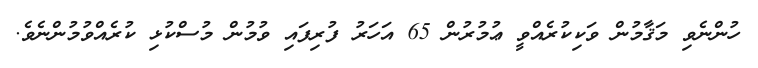
ހުންނެވި މަޤާމުން ވަކިކުރެއްވީ ޢުމުރުން 65 އަހަރު ފުރިފައި ވުމުން މުސްކުޅި ކުރެއްވުމުންނެވެ.